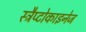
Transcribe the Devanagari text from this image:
स्ट्रैप्टोकाइनेज